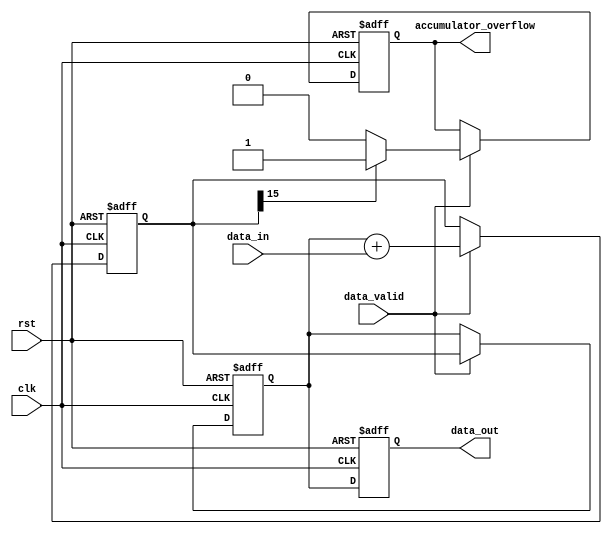
module FixedPointAccumulator (
    input wire clk,
    input wire rst,
    input wire [N-1:0] data_in,
    input wire data_valid,
    output reg [N-1:0] data_out,
    output reg accumulator_overflow
);

parameter N = 16; // Number of bits for fixed-point data
parameter integer_bits = 8; // Number of integer bits for fixed-point data
parameter fractional_bits = 8; // Number of fractional bits for fixed-point data

reg [N-1:0] accumulator;
reg [N-1:0] running_sum;

always @ (posedge clk or posedge rst) begin
    if (rst) begin
        accumulator <= 0;
        running_sum <= 0;
        data_out <= 0;
        accumulator_overflow <= 0;
    end else begin
        if (data_valid) begin
            accumulator <= running_sum + data_in;
            
            if (accumulator[N-1] == 1) begin
                accumulator_overflow <= 1;
            end else begin
                accumulator_overflow <= 0;
            end
            
            running_sum <= accumulator;
        end
        
        data_out <= running_sum;
    end
end

endmodule